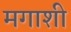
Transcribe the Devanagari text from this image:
मगाशी